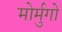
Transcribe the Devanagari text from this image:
मोर्मुगो